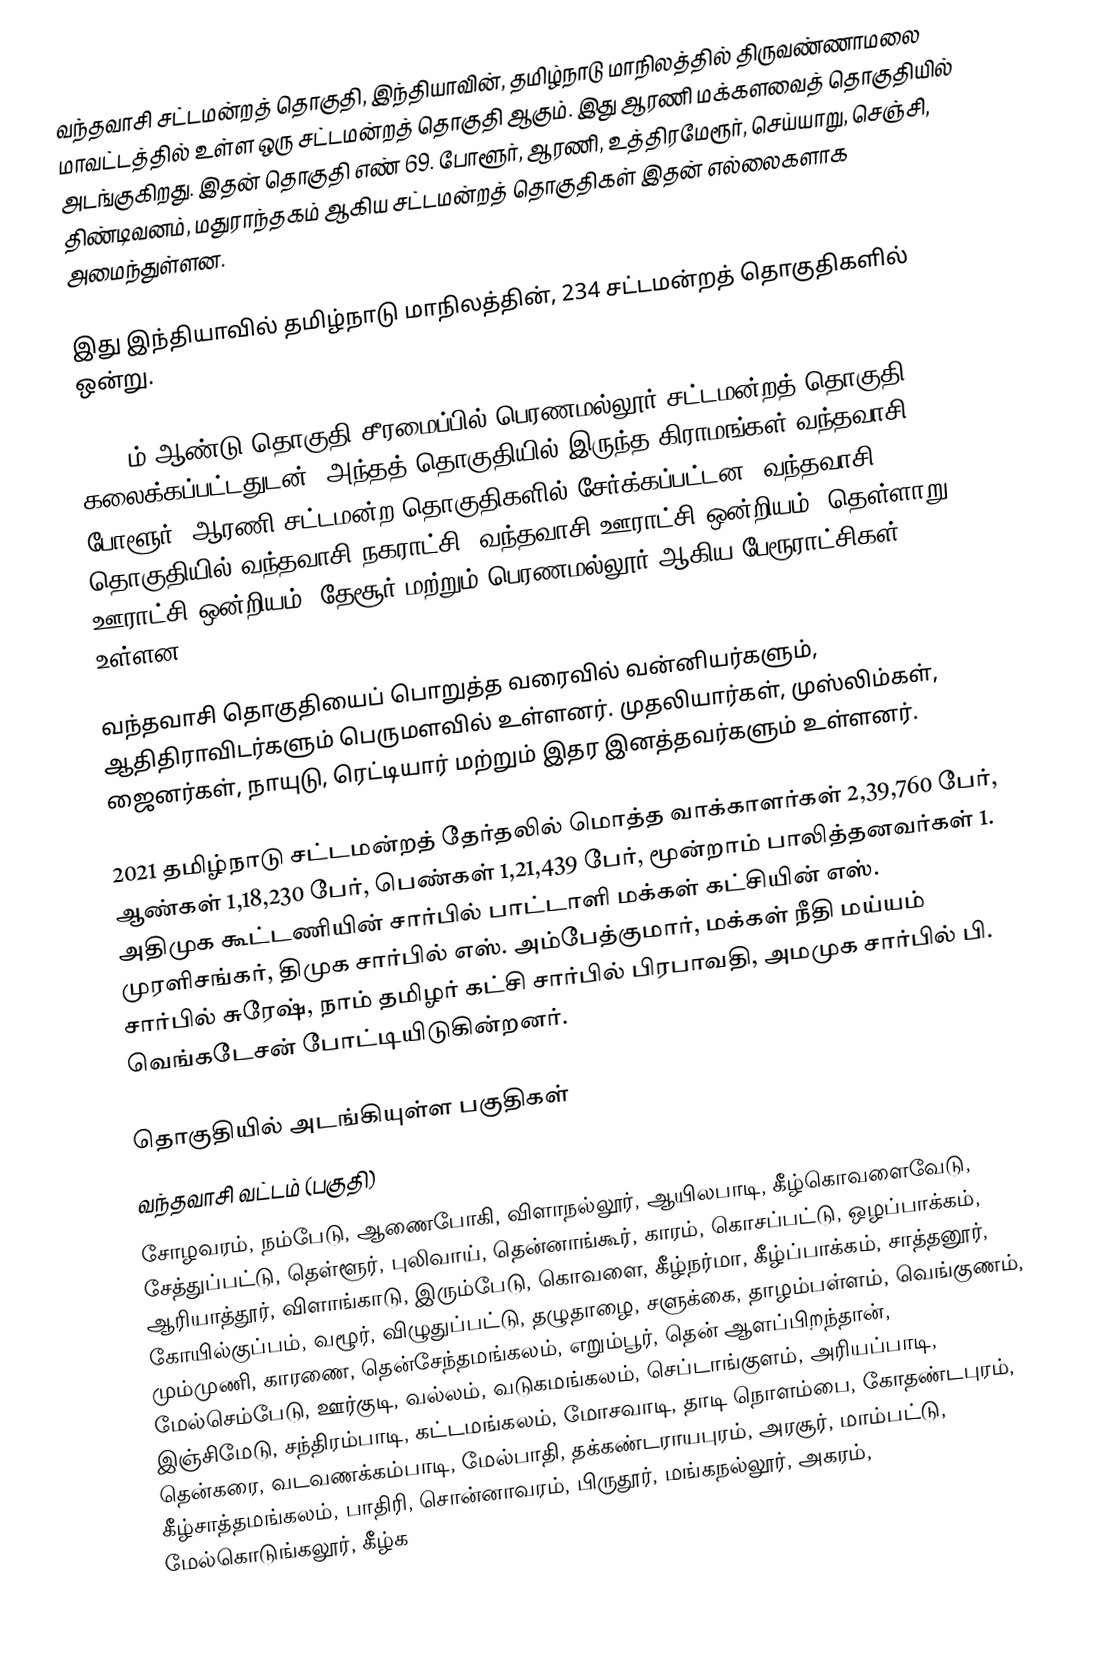
வந்தவாசி சட்டமன்றத் தொகுதி, இந்தியாவின், தமிழ்நாடு மாநிலத்தில்  திருவண்ணாமலை மாவட்டத்தில் உள்ள ஒரு சட்டமன்றத் தொகுதி ஆகும். இது ஆரணி மக்களவைத் தொகுதியில் அடங்குகிறது. இதன் தொகுதி எண் 69. போளூர், ஆரணி, உத்திரமேரூர், செய்யாறு, செஞ்சி, திண்டிவனம், மதுராந்தகம் ஆகிய சட்டமன்றத் தொகுதிகள் இதன் எல்லைகளாக அமைந்துள்ளன.

இது இந்தியாவில் தமிழ்நாடு மாநிலத்தின், 234 சட்டமன்றத் தொகுதிகளில் ஒன்று.

2011-ம் ஆண்டு தொகுதி சீரமைப்பில் பெரணமல்லூர் சட்டமன்றத் தொகுதி கலைக்கப்பட்டதுடன், அந்தத் தொகுதியில் இருந்த கிராமங்கள் வந்தவாசி, போளூர், ஆரணி சட்டமன்ற தொகுதிகளில் சேர்க்கப்பட்டன. வந்தவாசி தொகுதியில் வந்தவாசி நகராட்சி, வந்தவாசி ஊராட்சி ஒன்றியம், தெள்ளாறு ஊராட்சி ஒன்றியம், தேசூர் மற்றும் பெரணமல்லூர் ஆகிய பேரூராட்சிகள் உள்ளன.

வந்தவாசி தொகுதியைப் பொறுத்த வரைவில் வன்னியர்களும், ஆதிதிராவிடர்களும் பெருமளவில் உள்ளனர். முதலியார்கள், முஸ்லிம்கள், ஜைனர்கள், நாயுடு, ரெட்டியார் மற்றும் இதர இனத்தவர்களும் உள்ளனர்.

2021 தமிழ்நாடு சட்டமன்றத் தேர்தலில் மொத்த வாக்காளர்கள் 2,39,760 பேர், ஆண்கள் 1,18,230 பேர், பெண்கள் 1,21,439 பேர், மூன்றாம் பாலித்தனவர்கள் 1.  அதிமுக  கூட்டணியின் சார்பில் பாட்டாளி மக்கள் கட்சியின் எஸ். முரளிசங்கர், திமுக சார்பில் எஸ். அம்பேத்குமார், மக்கள் நீதி மய்யம் சார்பில் சுரேஷ், நாம் தமிழர் கட்சி சார்பில் பிரபாவதி, அமமுக சார்பில் பி. வெங்கடேசன் போட்டியிடுகின்றனர்.

தொகுதியில் அடங்கியுள்ள பகுதிகள்
வந்தவாசி வட்டம் (பகுதி)
சோழவரம், நம்பேடு, ஆணைபோகி, விளாநல்லூர், ஆயிலபாடி, கீழ்கொவளைவேடு, சேத்துப்பட்டு, தெள்ளூர், புலிவாய், தென்னாங்கூர், காரம், கொசப்பட்டு, ஒழப்பாக்கம், ஆரியாத்தூர், விளாங்காடு, இரும்பேடு, கொவளை, கீழ்நர்மா, கீழ்ப்பாக்கம், சாத்தனூர், கோயில்குப்பம், வழூர், விழுதுப்பட்டு, தழுதாழை, சளுக்கை, தாழம்பள்ளம், வெங்குணம், மும்முணி, காரணை, தென்சேந்தமங்கலம், எறும்பூர், தென் ஆளப்பிறந்தான், மேல்செம்பேடு, ஊர்குடி, வல்லம், வடுகமங்கலம், செப்டாங்குளம், அரியப்பாடி, இஞ்சிமேடு, சந்திரம்பாடி, கட்டமங்கலம், மோசவாடி, தாடி நொளம்பை, கோதண்டபுரம், தென்கரை, வடவணக்கம்பாடி, மேல்பாதி, தக்கண்டராயபுரம், அரசூர், மாம்பட்டு, கீழ்சாத்தமங்கலம், பாதிரி, சொன்னாவரம், பிருதூர், மங்கநல்லூர், அகரம், மேல்கொடுங்கலூர், கீழ்க